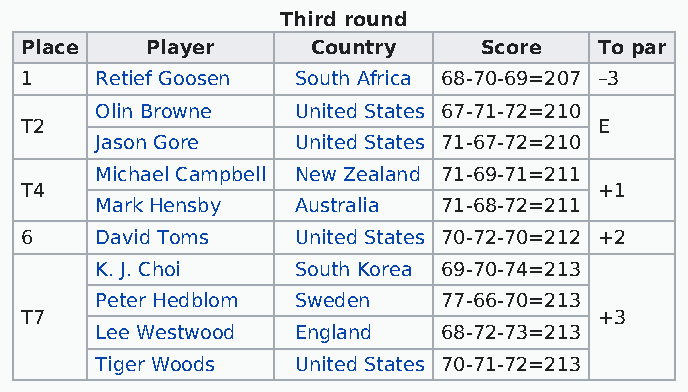
Third round
 Place    Player     Country    Score   To par
 1    Retief Goosen South Africa 68-70-69=207 –3
 Olin Browne  United States 67-71-72=210
 T2                                     E
 Jason Gore   United States 71-67-72=210
 Michael Campbell New Zealand 71-69-71=211
 T4                                     +1
 Mark Hensby  Australia 71-68-72=211
 6    David Toms   United States 70-72-70=212 +2
 K. J. Choi   South Korea 69-70-74=213
 Peter Hedblom Sweden   77-66-70=213
 T7                                     +3
 Lee Westwood England   68-72-73=213
 Tiger Woods  United States 70-71-72=213